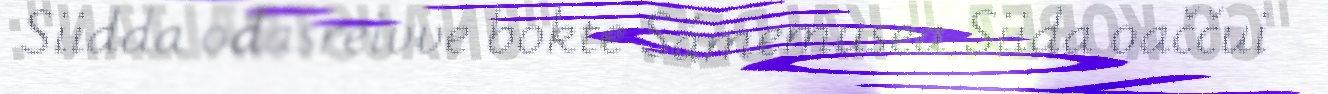
Siidda ođasreivve bokte Sámemusea Siida oaččui